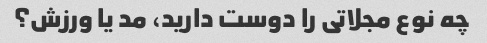
چه نوع مجلاتی را دوست دارید، مد یا ورزش؟